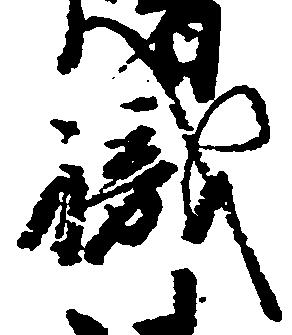
職